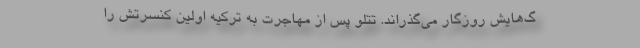
گ‌هایش روزگار می‌گذراند. تتلو پس از مهاجرت به ترکیه اولین کنسرتش را